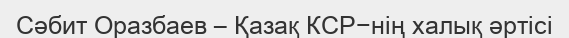
Сәбит Оразбаев – Қазақ КСР−нің халық әртісі